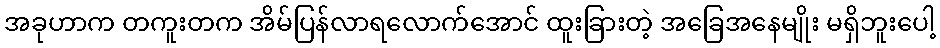
အခုဟာက တကူးတက အိမ်ပြန်လာရလောက်အောင် ထူးခြားတဲ့ အခြေအနေမျိုး မရှိဘူးပေါ့